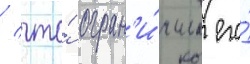
/ что́ огран'и́чило его́